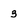
Character: 3